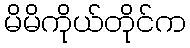
မိမိကိုယ်တိုင်က